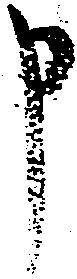
申